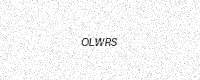
Text: OLWRS